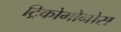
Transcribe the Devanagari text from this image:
ट्रिकोमोनोस